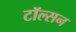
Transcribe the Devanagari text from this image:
टॉल्सन